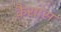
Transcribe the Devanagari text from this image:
कैसास